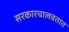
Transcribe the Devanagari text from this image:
सरकारचालवतात